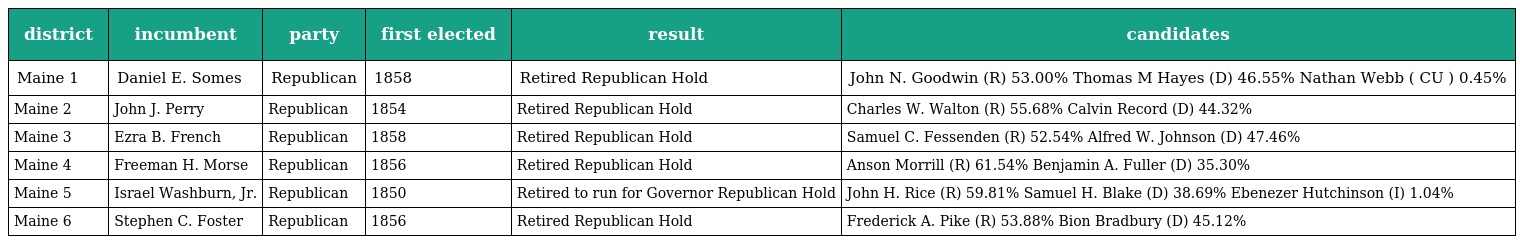
| district | incumbent | party | first elected | result | candidates |
 | --- | --- | --- | --- | --- | --- |
 | Maine 1 | Daniel E. Somes | Republican | 1858 | Retired Republican Hold | John N. Goodwin (R) 53.00% Thomas M Hayes (D) 46.55% Nathan Webb ( CU ) 0.45% |
 | Maine 2 | John J. Perry | Republican | 1854 | Retired Republican Hold | Charles W. Walton (R) 55.68% Calvin Record (D) 44.32% |
 | Maine 3 | Ezra B. French | Republican | 1858 | Retired Republican Hold | Samuel C. Fessenden (R) 52.54% Alfred W. Johnson (D) 47.46% |
 | Maine 4 | Freeman H. Morse | Republican | 1856 | Retired Republican Hold | Anson Morrill (R) 61.54% Benjamin A. Fuller (D) 35.30% |
 | Maine 5 | Israel Washburn, Jr. | Republican | 1850 | Retired to run for Governor Republican Hold | John H. Rice (R) 59.81% Samuel H. Blake (D) 38.69% Ebenezer Hutchinson (I) 1.04% |
 | Maine 6 | Stephen C. Foster | Republican | 1856 | Retired Republican Hold | Frederick A. Pike (R) 53.88% Bion Bradbury (D) 45.12% |